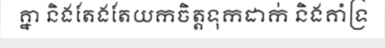
គ្នា និងតែងតែយកចិត្តទុកដាក់ និងគាំទ្រ